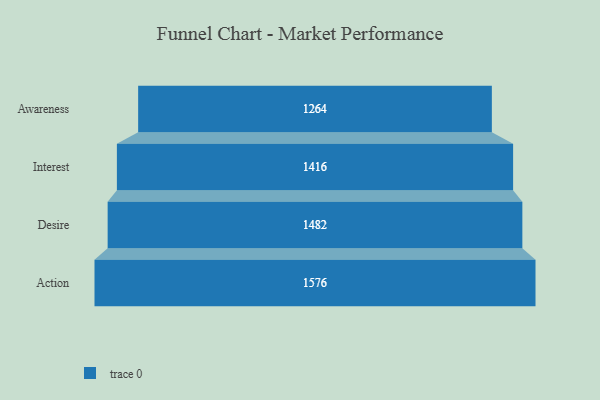
{"axis": {"x": "Stage", "y": "Value"}, "legend": [""], "data": [{"x": "Awareness", "y": 1264.0, "type": ""}, {"x": "Interest", "y": 1416.0, "type": ""}, {"x": "Desire", "y": 1482.0, "type": ""}, {"x": "Action", "y": 1576.0, "type": ""}]}